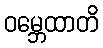
ဝမ္ဘေထာတိ